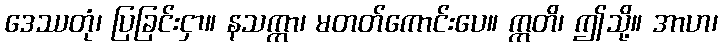
ဒေဿတုံ၊ ပြခြင်းငှာ။ နသက္ကာ၊ မတတ်ကောင်းပေ။ ဣတိ၊ ဤသို့။ အာဟ၊